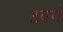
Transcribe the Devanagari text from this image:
टवर्ग